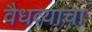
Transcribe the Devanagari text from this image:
वैधव्याचा